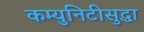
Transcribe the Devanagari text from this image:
कम्युनिटीसुद्धा